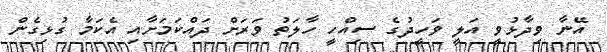
އޭނާ ވިދާޅުވީ އަލީ ވަހީދުގެ ސިއްހީ ހާލަތު ވަރަށް ދައްކަމަށާއި އެކަމާ ގުޅިގެން